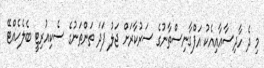
މި ދެ ހާދިސާއާއިއެކު އަފްގާނިސްތާނުގެ ސަރުކާރަށް ޖަލު ފަދަ ތަންތަނުގެ ސެކިއުރިޓީ ބެލެހެއްޓޭ